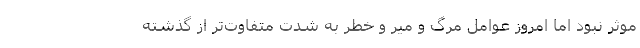
موثر نبود اما امروز عوامل مرگ و میر و خطر به شدت متفاوت‌‌تر از گذشته